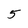
Character: 5